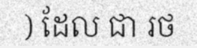
) ដែល ជា រថ